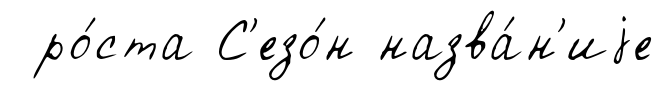
ро́ста С'езо́н назва́н'иjе